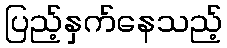
ပြည့်နှက်နေသည့်